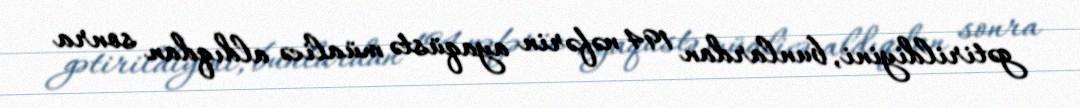
gətirildiyini, bunlardan 194 nəfərin ayaqüstə müalicə aldıqdan sonra